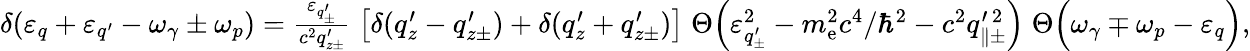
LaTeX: \begin{array}{r}{\delta(\varepsilon_{q}+\varepsilon_{q^{\prime}}-\omega_{\gamma}\pm\omega_{p})=\frac{\varepsilon_{q_{\pm}^{\prime}}}{c^{2}q_{z\pm}^{\prime}}\; \big[\delta(q_{z}^{\prime}-q_{z\pm}^{\prime})+\delta(q_{z}^{\prime}+q_{z\pm}^{\prime})\big]\; \Theta\Big(\varepsilon_{q_{\pm}^{\prime}}^{2}-m_{\mathrm{e}}^{2}c^{4}/\hbar^{2}-c^{2}q_{\parallel\pm}^{\prime\, 2}\Big)\; \Theta\Big(\omega_{\gamma}\mp\omega_{p}-\varepsilon_{q}\Big),}\end{array}